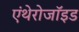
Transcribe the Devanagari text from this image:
एंथेरोजॉइड